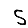
Digit: 5